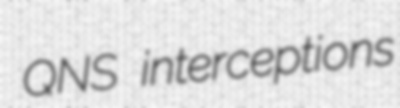
QNS interceptions